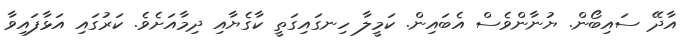
އާދޭ ސައިބޯން. ޔުނާންވެސް އެބައިން. ކަމީލާ ހިނގައިގަތީ ކާގެޔާއި ދިމާއަށެވެ. ކަރުގައި އަޅާފައިވާ